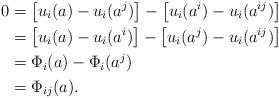
LaTeX: \begin{align*} 0 &= \left[u_i(a) - u_i(a^j)\right] - \left[u_i(a^i) - u_i(a^{ij})\right]\\ &= \left[u_i(a) - u_i(a^i)\right] - \left[u_i(a^j) - u_i(a^{ij})\right]\\ &= \Phi_i(a) - \Phi_i(a^j)\\ &= \Phi_{ij}(a). \end{align*}